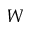
W